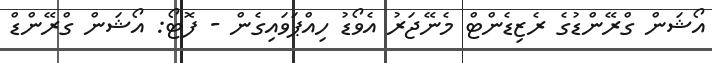
އޯޝަން ގްރޭންޑުގެ ރެޒިޑެންޓް މެނޭޖަރު އެވޯޑު ހިއްޕަވައިގެން - ފޮޓޯ: އޯޝަން ގްރޭންޑް